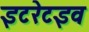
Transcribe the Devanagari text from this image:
इटरेटइव